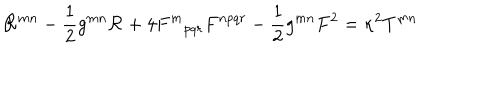
{ \cal { R } } ^ { m n } - \frac { 1 } { 2 } g ^ { m n } { \cal { R } } + 4 { F ^ { m } } _ { p q r } F ^ { n p q r } - \frac { 1 } { 2 } g ^ { m n } F ^ { 2 } = \kappa ^ { 2 } T ^ { m n }